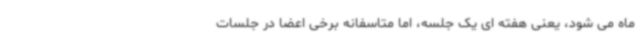
ماه می شود، یعنی هفته ای یک جلسه، اما متاسفانه برخی اعضا در جلسات